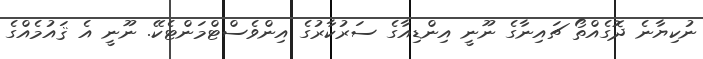
ނުކިޔާނެ ދޮގެއްތޯ ޗައިނާގެ ނޫނީ އިންޑިއާގެ ސަރުކާރުގެ އިންވެސްޓްމަންޓެކޭ. ނޫނީ އެ ޤައުމެއްގެ